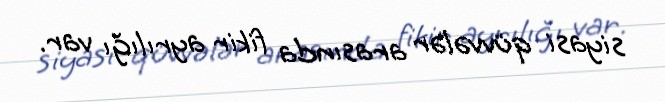
siyasi qüvvələr arasında fikir ayrılığı var.